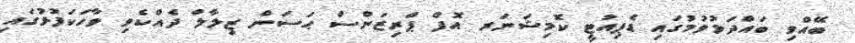
ބޭއްވި ބައްދަލުވުމުގައި ޑެޕިއުޓީ ކޮމިޝަނަރ އޮފް ޕްރިޒަންސް ޙަސަން ޒިލާލް ދެއްކެވި ވާހަކަފުޅުގައި